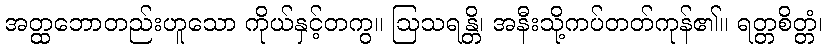
အတ္ထဘောတည်းဟူသော ကိုယ်နှင့်တကွ။ ဩသရန္တိ၊ အနီးသို့ကပ်တတ်ကုန်၏။ ရတ္တစိတ္တံ၊